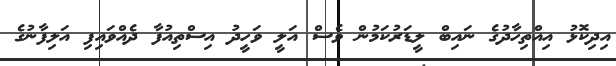
އިދިކޮޅު އިއްތިހާދުގެ ނައިބް ލީޑަރުކަމުން ވެސް އަލީ ވަހީދު އިސްތިއުފާ ދެއްވައިފި އަލިފާނުގެ